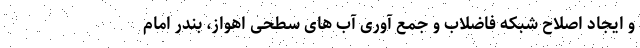
و ایجاد اصلاح شبکه فاضلاب و جمع آوری آب های سطحی اهواز، بندر امام